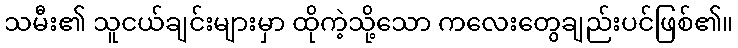
သမီး၏ သူငယ်ချင်းများမှာ ထိုကဲ့သို့သော ကလေးတွေချည်းပင်ဖြစ်၏။